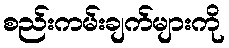
စည်းကမ်းချက်များကို